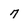
Character: 7